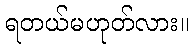
ရတယ်မဟုတ်လား။